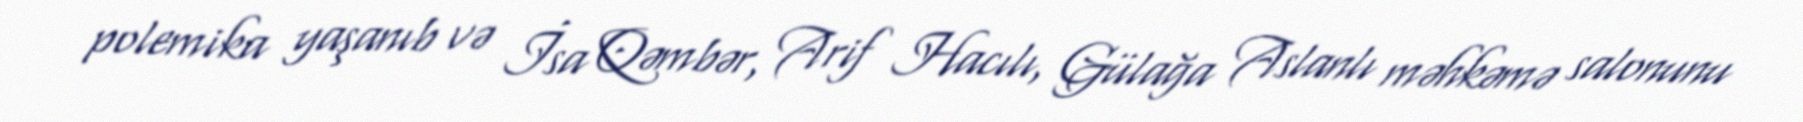
polemika yaşanıb və İsa Qəmbər, Arif Hacılı, Gülağa Aslanlı məhkəmə salonunu